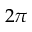
2 \pi